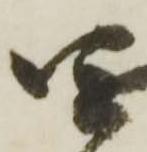
四